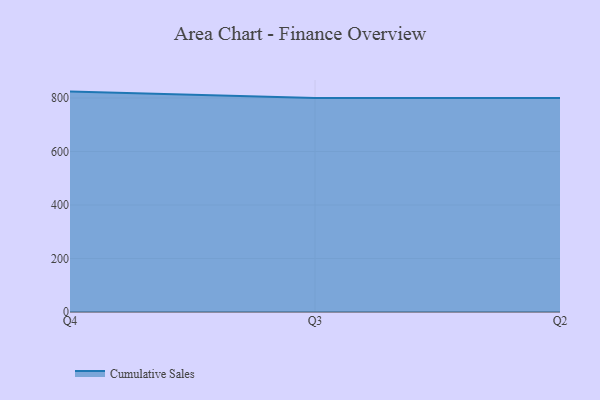
{"axis": {"x": "Quarter", "y": "Production Output"}, "legend": ["Cumulative Sales"], "data": [{"x": "Q4", "y": 823.8, "type": "Cumulative Sales"}, {"x": "Q3", "y": 800, "type": "Cumulative Sales"}, {"x": "Q2", "y": 800, "type": "Cumulative Sales"}]}